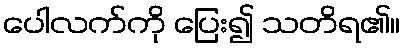
ပေါလက်ကို ပြေး၍ သတိရ၏။